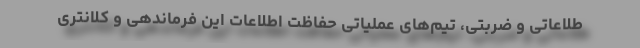
طلاعاتی و ضربتی، تیم‌های عملیاتی حفاظت اطلاعات این فرماندهی و کلانتری